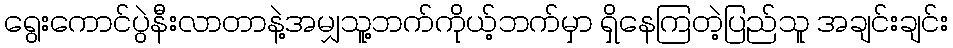
ရွေးကောင်ပွဲနီးလာတာနဲ့အမျှသူ့ဘက်ကိုယ့်ဘက်မှာ ရှိနေကြတဲ့ပြည်သူ အချင်းချင်း